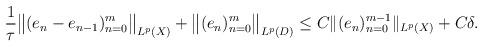
LaTeX: \begin{align*} \frac{1}{\tau}\big\|(e_n-e_{n-1} )_{n=0}^m\big\|_{ L^p(X)} + \big\|(e_n )_{n=0}^m\big\|_{ L^p(D)}\le C\|(e_n)_{n=0}^{m-1}\|_{L^p(X)} +C\delta .\end{align*}